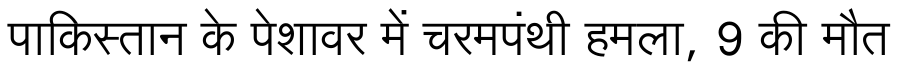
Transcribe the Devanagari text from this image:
पाकिस्तान के पेशावर में चरमपंथी हमला, 9 की मौत